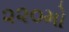
૨૨૦મો